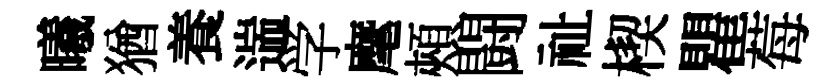
曦猶養遄学麾頰闘祉楔瞿莓